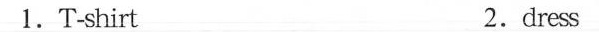
1. T-shirt 2. dress